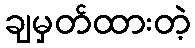
ချမှတ်ထားတဲ့